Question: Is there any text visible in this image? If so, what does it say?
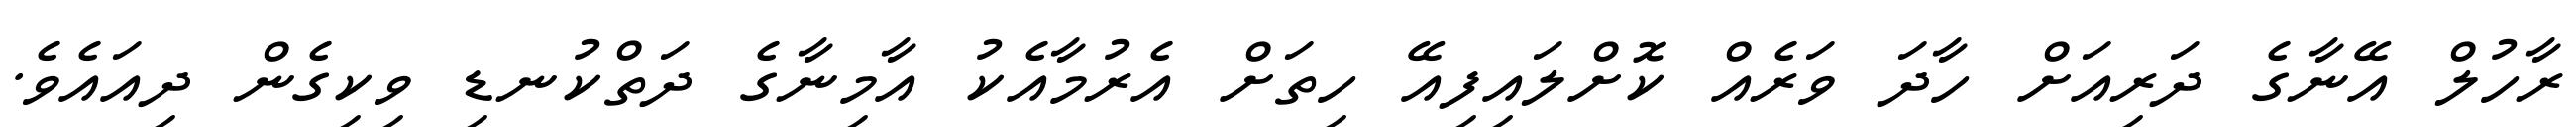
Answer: ރާހުލް އޭނާގެ ދަރިއަށް ހާދަ ވަރެއް ކޮށްލައިފިއޭ ހިތަށް އެރުމާއެކު އާމިނާގެ ދަތްކުނޑި ވިކިގެން ދިއައެވެ.